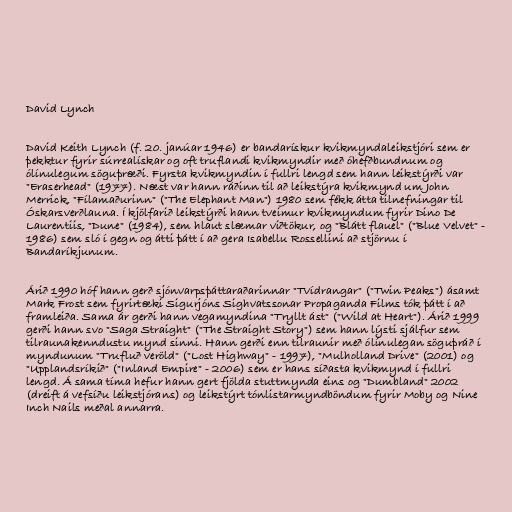
David Lynch

David Keith Lynch (f. 20. janúar 1946) er bandarískur kvikmyndaleikstjóri sem er
þekktur fyrir súrrealískar og oft truflandi kvikmyndir með óhefðbundnum og
ólínulegum söguþræði. Fyrsta kvikmyndin í fullri lengd sem hann leikstýrði var
"Eraserhead" (1977). Næst var hann ráðinn til að leikstýra kvikmynd um John
Merrick, "Fílamaðurinn" ("The Elephant Man") 1980 sem fékk átta tilnefningar til
Óskarsverðlauna. Í kjölfarið leikstýrði hann tveimur kvikmyndum fyrir Dino De
Laurentiis, "Dune" (1984), sem hlaut slæmar viðtökur, og "Blátt flauel" ("Blue Velvet" -
1986) sem sló í gegn og átti þátt í að gera Isabellu Rossellini að stjörnu í
Bandaríkjunum.

Árið 1990 hóf hann gerð sjónvarpsþáttaraðarinnar "Tvídrangar" ("Twin Peaks") ásamt
Mark Frost sem fyrirtæki Sigurjóns Sighvatssonar Propaganda Films tók þátt í að
framleiða. Sama ár gerði hann vegamyndina "Tryllt ást" ("Wild at Heart"). Árið 1999
gerði hann svo "Saga Straight" ("The Straight Story") sem hann lýsti sjálfur sem
tilraunakenndustu mynd sinni. Hann gerði enn tilraunir með ólínulegan söguþráð í
myndunum "Trufluð veröld" ("Lost Highway" - 1997), "Mulholland Drive" (2001) og
"Upplandsríkið" ("Inland Empire" - 2006) sem er hans síðasta kvikmynd í fullri
lengd. Á sama tíma hefur hann gert fjölda stuttmynda eins og "Dumbland" 2002
(dreift á vefsíðu leikstjórans) og leikstýrt tónlistarmyndböndum fyrir Moby og Nine
Inch Nails meðal annarra.